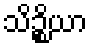
သိဉ္စိယာ